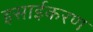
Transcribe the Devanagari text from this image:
इसाईकरण